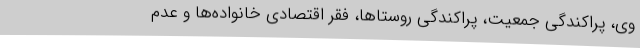
وی، پراکندگی جمعیت، پراکندگی روستاها، فقر اقتصادی خانواده‌ها و عدم